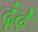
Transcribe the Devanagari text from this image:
ढूंढ़े